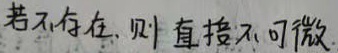
若不存在, 则直接不可微